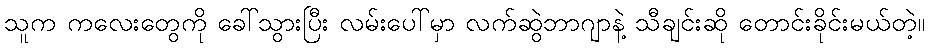
သူက ကလေးတွေကို ခေါ်သွားပြီး လမ်းပေါ်မှာ လက်ဆွဲဘာဂျာနဲ့ သီချင်းဆို တောင်းခိုင်းမယ်တဲ့။